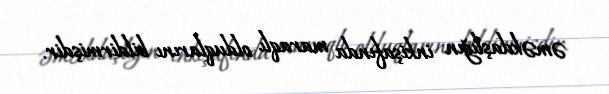
əməkdaşlığın inkişafında maraqlı olduqlarını bildirmişdir.